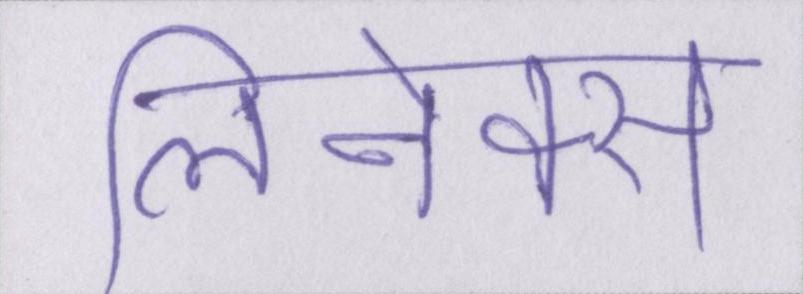
लिनेक्स